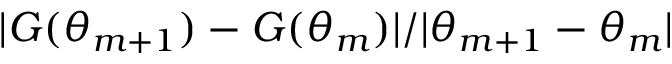
| G ( \theta _ { m + 1 } ) - G ( \theta _ { m } ) | / | \theta _ { m + 1 } - \theta _ { m } |